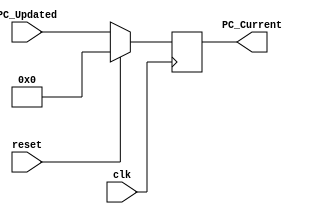

module Program_Counter(
input clk,reset,
input       [31:0] PC_Updated,
output reg  [31:0] PC_Current
);

always @(posedge clk) begin
    if(reset == 1'b0)
        PC_Current <= PC_Updated;
    else 
        PC_Current <= 32'b0;
end

endmodule